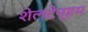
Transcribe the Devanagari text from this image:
शेलटेन्हम